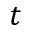
t